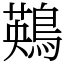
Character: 鶧